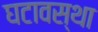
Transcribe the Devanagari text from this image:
घटावस्था